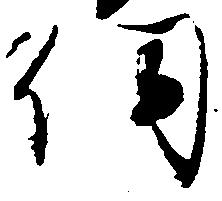
伺